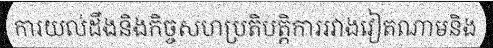
ការយល់ដឹងនិងកិច្ចសហប្រតិបត្តិការរវាងវៀតណាមនិង